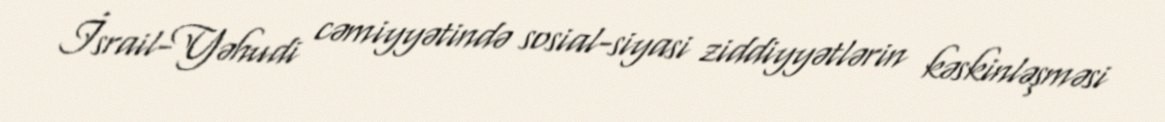
İsrail-Yəhudi cəmiyyətində sosial-siyasi ziddiyyətlərin kəskinləşməsi